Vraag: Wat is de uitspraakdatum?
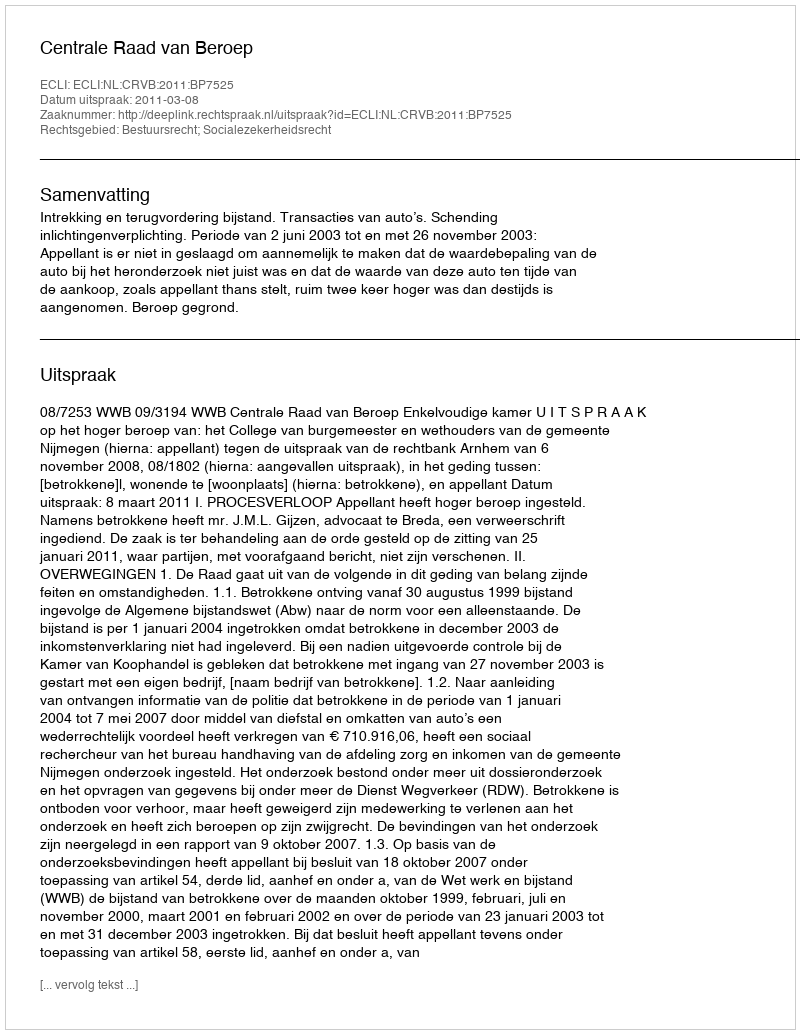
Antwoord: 2011-03-08